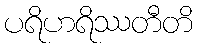
ပရိဟရိဿတီတိ